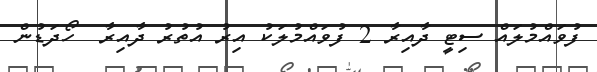
ފުވައްމުލައް ސިޓީ ދާއިރާ 2 ފުވައްމުލަކު އިރު އުތުރު ދާއިރާ  ހޯދަޑުން